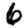
Digit: 6